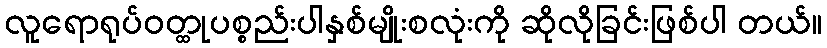
လူရောရုပ်ဝတ္ထုပစ္စည်းပါနှစ်မျိုးစလုံးကို ဆိုလိုခြင်းဖြစ်ပါ တယ်။